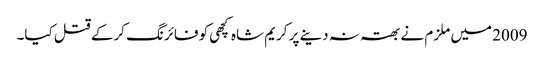
2009 میں ملزم نے بھتہ نہ دینے پر کریم شاہ کچھی کو فائرنگ کرکے قتل کیا۔